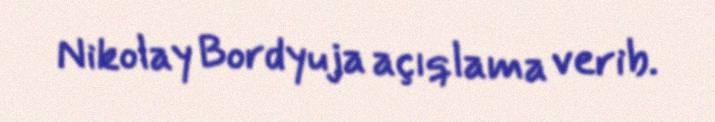
Nikolay Bordyuja açıqlama verib.